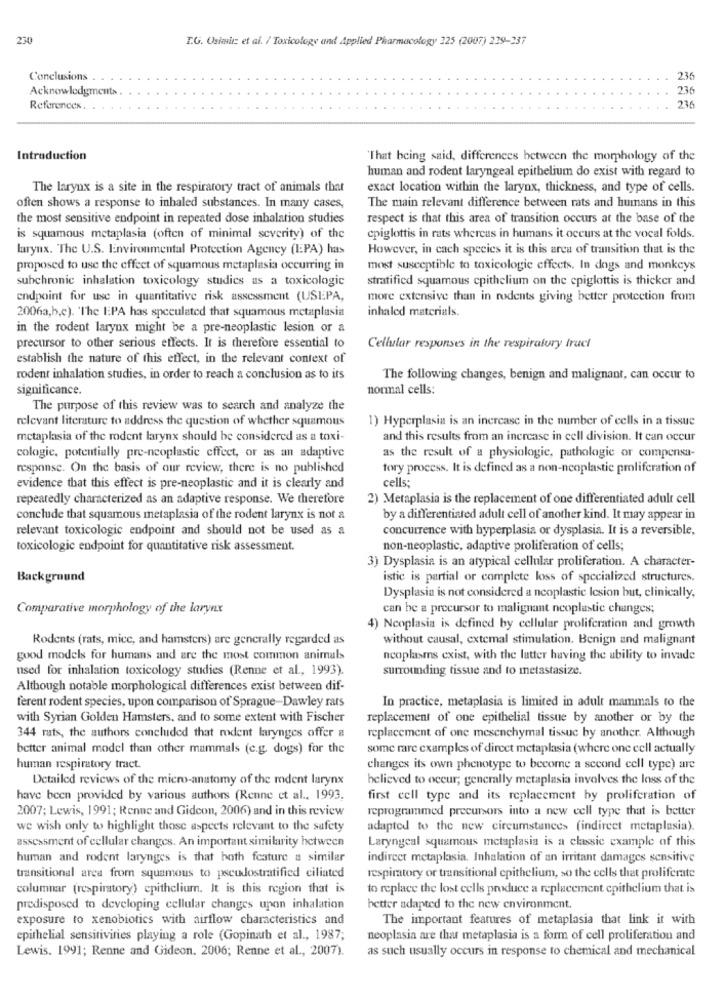
230
I.G. Osiedle et al. / Toxicology and Applied Pharmacology 225 (2007) 239-337
Conclusions
2.36
Acknowledgments
236
236
References. .
Introduction
"That being said, differences between the morphology of the
human and rodent laryngeal epithelium do exist with regard to
The larynx is a site in the respiratory tract of animals that
exact location within the larynx, thickness, and type of cells.
often shows a response to inhaled substances. In many cases,
The main relevant difference between rats and humans in this
the most sensitive endpoint in repeated dose inhalation studies
respect is that this area of transition occurs at the base of the
is squamous metaplasia (often of minimal severity) of the
cpiglottis in rats whereas in humans it occurs at the vocal folds.
larynx. The U.S. Environmental Protection Agency (IPA) has
However, in cach species it is this area of transition that is the
proposed to use the effect of squamous metaplasia occurring in
most susceptible to toxicologie effects. In dogs and monkeys
subchronic inhalation toxicology studics as a toxicologie
stratified squamous epithelium on the epiglottis is thicker and
endpoint for use in quantitative risk assessment (USEPA,
more extensive than in rodents giving better protection from
inhaled materials.
2006a,b,c). 'The IPA has speculated that squamous metaplasia
in the rodent larynx might be a pre-neoplastic lesion or a
precursor to other serious effects. It is therefore essential to
Cellular responses in the respiratory tract
establish the nature of this effect, in the relevant context of
rodent inhalation studies, in order to reach a conclusion as to its
The following changes, benign and malignant, can occur to
significance.
normal cells:
The purpose of this review was to search and analyze the
relevant literature to address the question of whether squamous
1) Hyperplasia is an increase in the number of cells in a tissue
metaplasia of the rodent larynx should be considered as a toxi-
and this results from an increase in cell division. It can occur
cologie, potentially pre-neoplastic effect, or as an adaptive
as the result of a physiologie, pathologie or compensa-
response. On the basis of our review, there is no published
tory process. It is defined as a non-neoplastic proliferation of
cells;
evidence that this effect is pre-neoplastic and it is clearly and
repeatedly characterized as an adaptive response. We therefore
2) Metaplasia is the replacement of one differentiated adult cell
conclude that squamous metaplasia of the rodent larynx is not a
by a differentiated adult cell of another kind. It may appear in
relevant toxicologic endpoint and should not be used as a
concurrence with hyperplasia or dysplasia. It is a reversible,
toxicologie endpoint for quantitative risk assessment.
non-neoplastic, adaptive proliferation of cells;
3) Dysplasia is an atypical cellular proliferation. A character-
Background
istic is partial or complete loss of specialized structures.
Dysplasia is not considered a neoplastic lesion but, clinically.
Comparative morphology of the larynx
can be a precursor to malignant neoplastic changes;
4) Neoplasia is defined by cellular proliferation and growth
Rodents (rats, mice, and hamsters) are generally regarded as
without causal, external stimulation. Benign and malignant
good models for humans and are the most common animals
ncoplasms exist, with the latter having the ability to invade
used for inhalation toxicology studies (Renne et al ., 1993).
surrounding tissue and to metastasize.
Although notable morphological differences exist between dif-
ferent rodent species, upon comparison of Sprague-Dawley rars
In practice, metaplasia is limited in adult mammals to the
with Syrian Golden Hamsters, and to some extent with Fischer
replacement of one epithelial tissue by another or by the
344 rats, the authors concluded that rodent larynges offer a
replacement of one mesenchymal tissue by another. Although
better animal model than other mammals (c.g. dogs) for the
some rare examples of direct metaplasia (where one cell actually
human respiratory tract.
changes its own phenotype to become a second cell type) are
Detailed reviews of the micro-anatomy of the mdent larynx
believed to occur; generally metaplasia involves the loss of the
have been provided by various authors (Renne et al ., 1993.
first cell type and its replacement by proliferation of
2007; Lewis, 1991; Renne and Gidcon, 2006) and in this review
reprogrammed precursors into a new eell type that is better
we wish only to highlight those aspects relevant to the safety
adapted to the new circumstances (indirect metaplasia).
assessment of cellular changes. An important similarity hetween
Laryngeal squamous metaplasia is a classic example of this
human and rodent larynges is that both feature a similar
indircer metaplasia. Inhalation of an irritant damages sensitive
transitional arca from squamous to pseudostratified ciliated
respiratory or transitional epithelium, so the cells that proliferate
columnar (respiratory) epithelium. It is this region that is
to replace the lost cells produce a replacement epithelium that is
predisposed to developing cellular changes upon inhalation
better adapted to the new environment.
exposure to xenobiotics with airflow characteristics and
The important features of metaplasia that link it with
epithelial sensitivities playing a role (Gopinath et al ., 1987;
neoplasia are that metaplasia is a form of cell proliferation and
Lewis. 1991; Renne and Gideon. 2006; Renne et al ., 2007).
as such usually occurs in response to chemical and mechanical